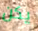
يكن